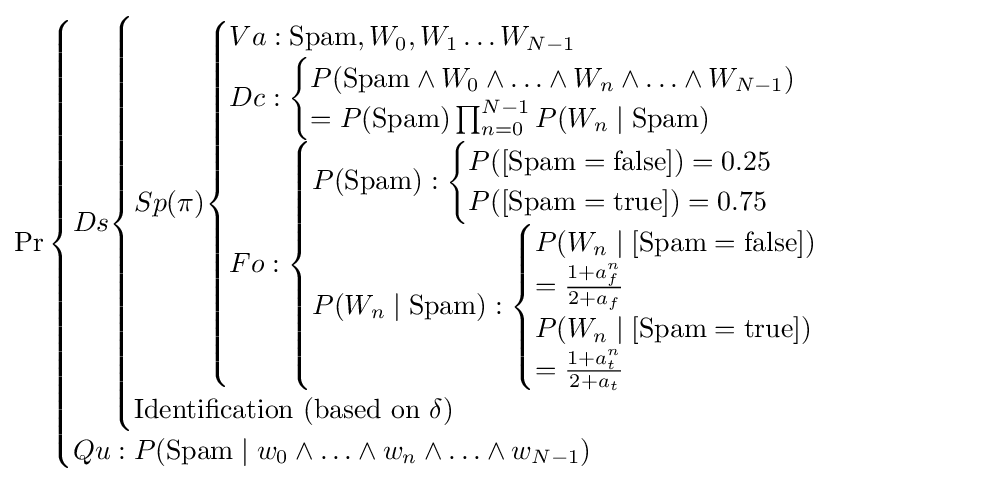
\Pr {\begin{cases}Ds{\begin{cases}Sp(\pi ){\begin{cases}Va:{\text{Spam}},W_{0},W_{1}\ldots W_{N-1}\\Dc:{\begin{cases}P({\text{Spam}}\land W_{0}\land \ldots \land W_{n}\land \ldots \land W_{N-1})\\=P({\text{Spam}})\prod _{n=0}^{N-1}P(W_{n}\mid {\text{Spam}})\end{cases}}\\Fo:{\begin{cases}P({\text{Spam}}):{\begin{cases}P([{\text{Spam}}={\text{false}}])=0.25\\P([{\text{Spam}}={\text{true}}])=0.75\end{cases}}\\P(W_{n}\mid {\text{Spam}}):{\begin{cases}P(W_{n}\mid [{\text{Spam}}={\text{false}}])\\={\frac {1+a_{f}^{n}}{2+a_{f}}}\\P(W_{n}\mid [{\text{Spam}}={\text{true}}])\\={\frac {1+a_{t}^{n}}{2+a_{t}}}\end{cases}}\\\end{cases}}\\\end{cases}}\\{\text{Identification (based on }}\delta )\end{cases}}\\Qu:P({\text{Spam}}\mid w_{0}\land \ldots \land w_{n}\land \ldots \land w_{N-1})\end{cases}}